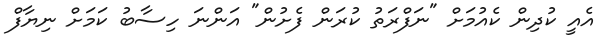
އެއީ ކުދިން ކެއުމަށް "ނަފްރަތު ކުރަން ފެށުން" އަންނަ ހިސާބު ކަމަށް ނިޔާފް